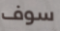
سوف